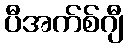
ပီအက်စ်ဂျီ